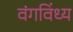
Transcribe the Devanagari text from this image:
वंगविंध्य